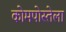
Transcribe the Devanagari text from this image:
कोमपोस्तेला